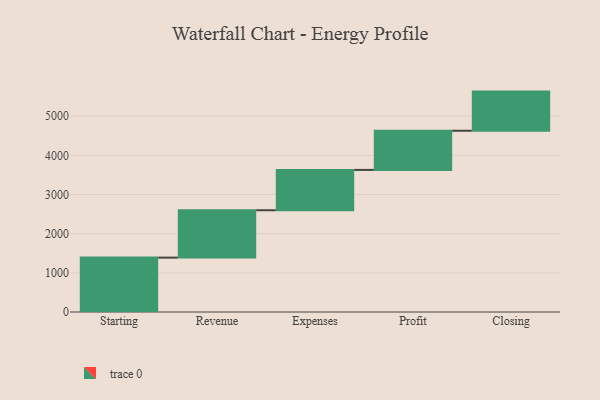
{"axis": {"x": "Step", "y": "Value"}, "legend": [""], "data": [{"x": "Starting", "y": 1389.0, "type": ""}, {"x": "Revenue", "y": 1210.0, "type": ""}, {"x": "Expenses", "y": 1030.0, "type": ""}, {"x": "Profit", "y": 1000, "type": ""}, {"x": "Closing", "y": 1000, "type": ""}]}